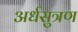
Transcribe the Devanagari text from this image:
अर्धसुत्रण